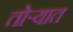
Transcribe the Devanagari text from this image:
तोर्‍यात